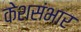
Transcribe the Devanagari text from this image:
केशसंभार